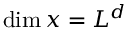
\mathrm { d i m } \, x = L ^ { d }